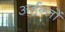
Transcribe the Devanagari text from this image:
अर्हन्तों